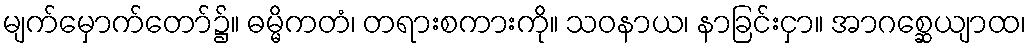
မျက်မှောက်တော်၌။ ဓမ္မိကတံ၊ တရားစကားကို။ သဝနာယ၊ နာခြင်းငှာ။ အာဂစ္ဆေယျာထ၊